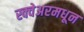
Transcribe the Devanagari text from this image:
स्क्वेअरमधून